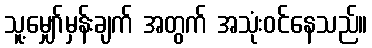
သူ့မျှော်မှန်းချက် အတွက် အသုံးဝင်နေသည်။